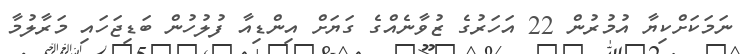
ނަމަކަށްކިޔާ އުމުރުން 22 އަހަރުގެ ޒުވާނެއްގެ ގަޔަށް އިންޑިއާ ފުލުހުން ބަޑިޖަހައި މަރާލުމާ